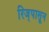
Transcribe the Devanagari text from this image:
रिज्‌पासून